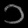
Digit: ၁